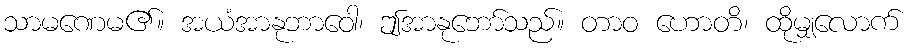
သာမဏေမ၏။ အယံအာနုဘာဝေါ၊ ဤအာနုဘော်သည်။ တာဝ ဟောတိ၊ ထိုမျှလောက်